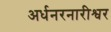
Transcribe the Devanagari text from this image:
अर्धनरनारीश्वर